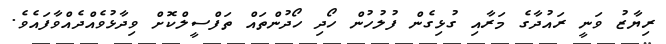
ރިޔާޒު ވަނީ ރައުދާގެ މަރާއި ގުޅިގެން ފުލުހުން ހޯދި ހޯދުންތައް ތަފްސީލްކޮށް ވިދާޅުވެއްދެއްވާފައެވެ.